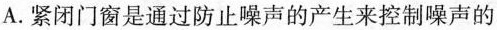
A. 紧闭门窗是通过防止噪声的产生来控制噪声的